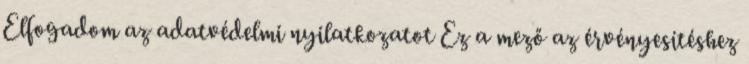
Elfogadom az adatvédelmi nyilatkozatot Ez a mező az érvényesítéshez